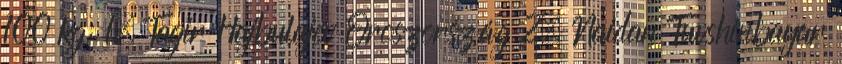
100 kg: 1. Tagir Hajbulajev Oroszország 2. Naidan Tuvshinbayar